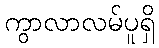
ကွာလာလမ်ပူရှိ